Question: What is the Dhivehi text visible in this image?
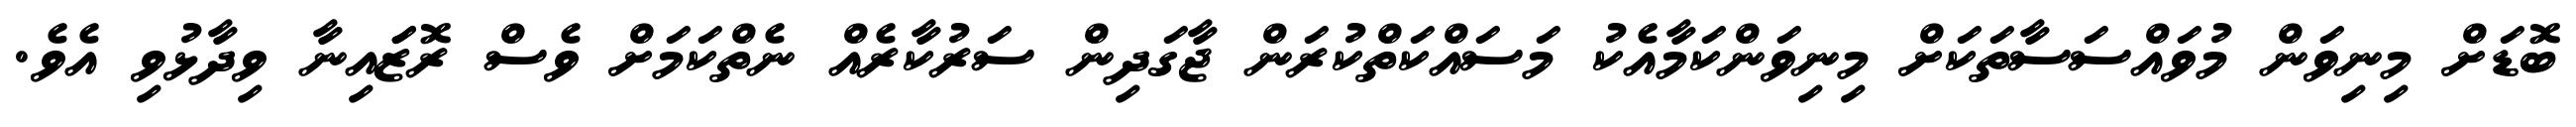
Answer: ބޮޑަށް މިނިވަން މުވައްސަސާތަކަށް މިނިވަންކަމާއެކު މަސައްކަތްކުރަން ޖާގަދިން ސަރުކާރެއް ނެތްކަމަށް ވެސް ރޮޒަައިނާ ވިދާޅުވި އެވެ.